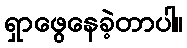
ရှာဖွေနေခဲ့တာပါ။